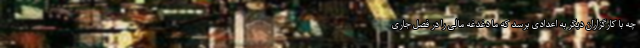
چه با کارگزاران دیگر به اعدادی برسد که ما دغدغه مالی را در فصل جاری